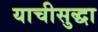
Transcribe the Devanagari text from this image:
याचीसुद्धा